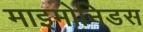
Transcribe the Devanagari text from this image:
माइमोनिडस